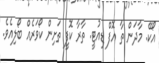
އޯކޭ. މާދަން ތާ އޮފް ޑިއުޓީ. ތާރާ ކޮފީ ތަށިން ކޯވަރެއް ބޯލިއެވެ.